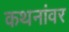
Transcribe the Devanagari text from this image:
कथनांवर